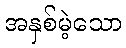
အနှစ်မဲ့သော